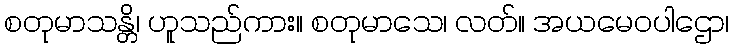
စတုမာသန္တိ၊ ဟူသည်ကား။ စတုမာသေ၊ လတ်။ အယမေဝပါဌော၊